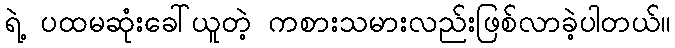
ရဲ့ ပထမဆုံးခေါ်ယူတဲ့ ကစားသမားလည်းဖြစ်လာခဲ့ပါတယ်။